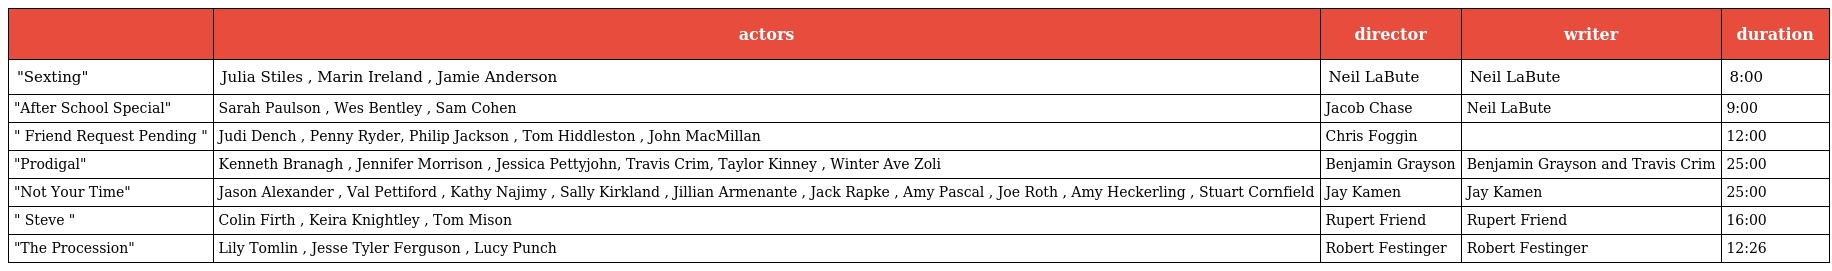
|  | actors | director | writer | duration |
 | --- | --- | --- | --- | --- |
 | "Sexting" | Julia Stiles , Marin Ireland , Jamie Anderson | Neil LaBute | Neil LaBute | 8:00 |
 | "After School Special" | Sarah Paulson , Wes Bentley , Sam Cohen | Jacob Chase | Neil LaBute | 9:00 |
 | " Friend Request Pending " | Judi Dench , Penny Ryder, Philip Jackson , Tom Hiddleston , John MacMillan | Chris Foggin |  | 12:00 |
 | "Prodigal" | Kenneth Branagh , Jennifer Morrison , Jessica Pettyjohn, Travis Crim, Taylor Kinney , Winter Ave Zoli | Benjamin Grayson | Benjamin Grayson and Travis Crim | 25:00 |
 | "Not Your Time" | Jason Alexander , Val Pettiford , Kathy Najimy , Sally Kirkland , Jillian Armenante , Jack Rapke , Amy Pascal , Joe Roth , Amy Heckerling , Stuart Cornfield | Jay Kamen | Jay Kamen | 25:00 |
 | " Steve " | Colin Firth , Keira Knightley , Tom Mison | Rupert Friend | Rupert Friend | 16:00 |
 | "The Procession" | Lily Tomlin , Jesse Tyler Ferguson , Lucy Punch | Robert Festinger | Robert Festinger | 12:26 |